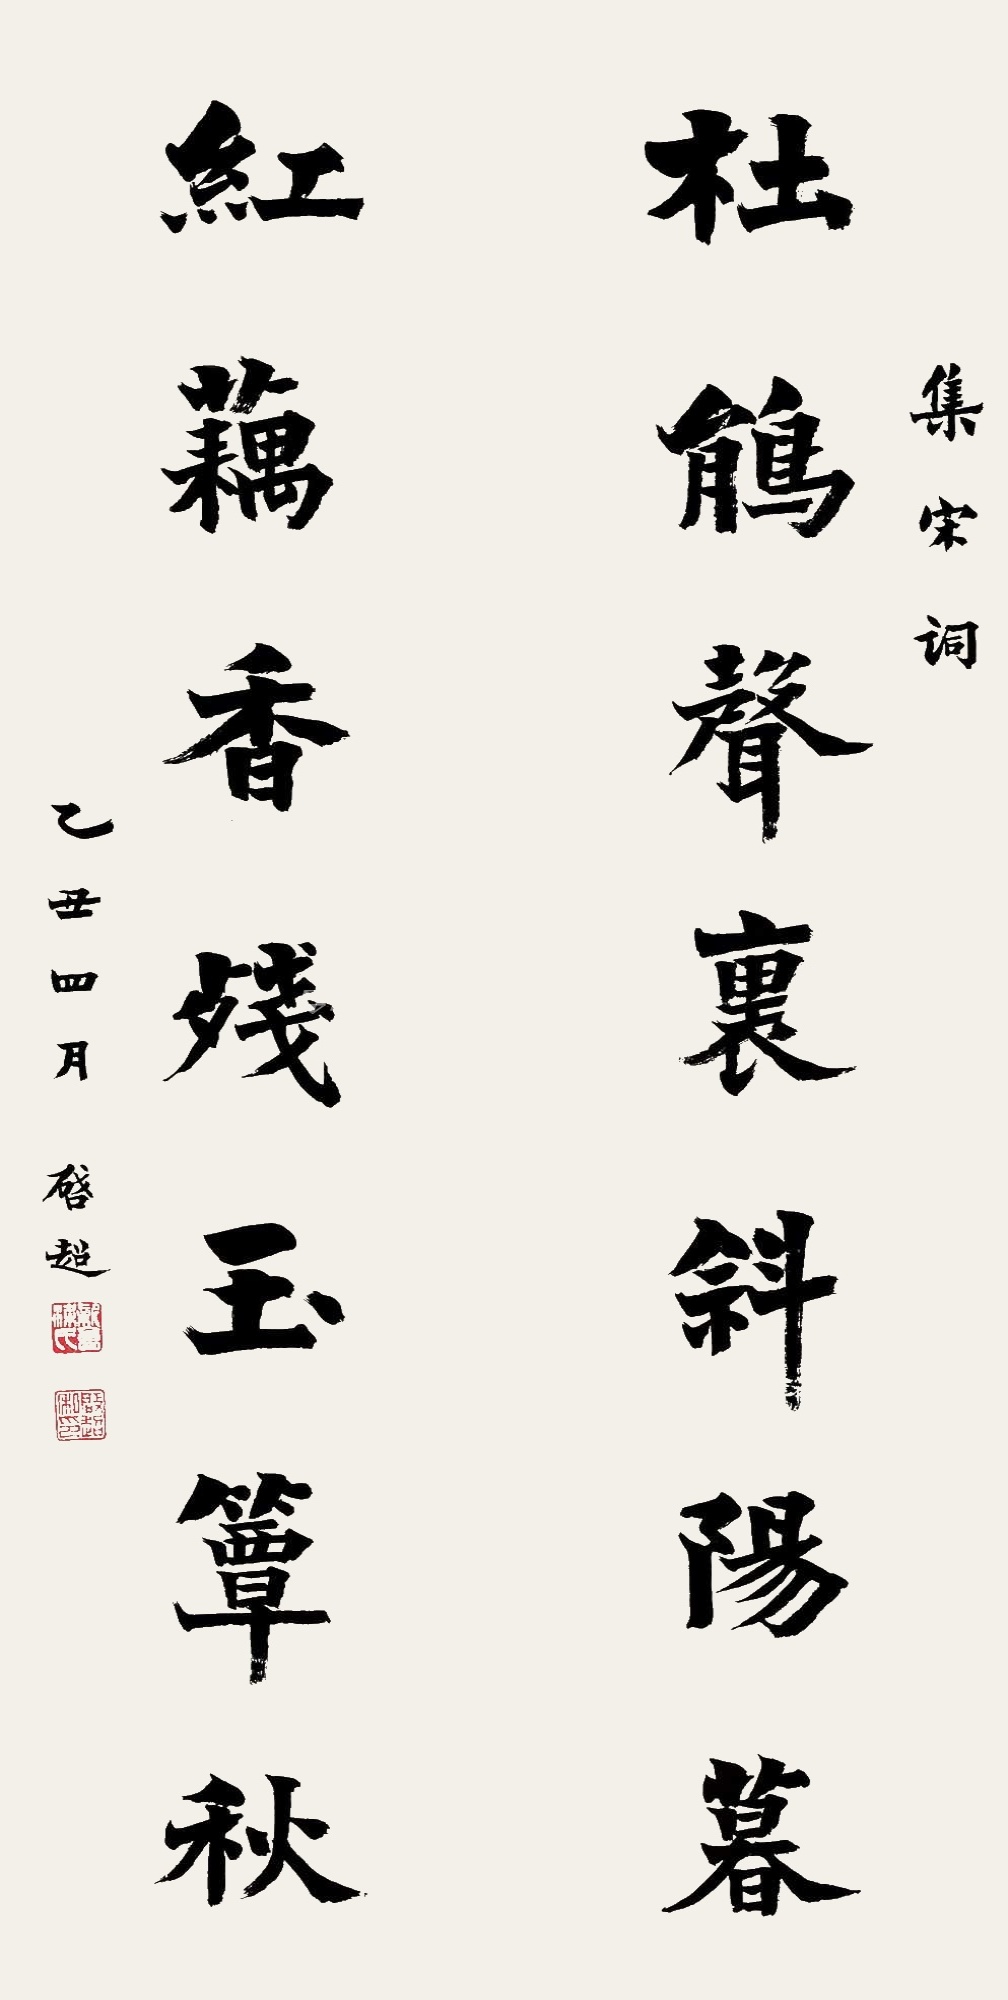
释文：杜鹃声里斜阳暮，红藕香残玉簟秋。集宋词。乙丑四月，启超。